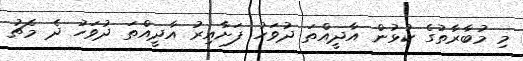
މި މުބާރާތުގެ ކުޅުން އާދީއްތަ ދުވަހު ފަށާއިރު އާދީއްތަ ދުވަހު ދެ މެޗު